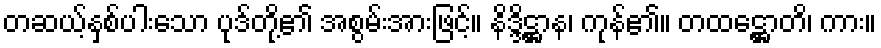
တဆယ့်နှစ်ပါးသော ပုဒ်တို့၏ အစွမ်းအားဖြင့်။ နိဒ္ဒိဋ္ဌာန၊ ကုန်၏။ တထဋ္ဌောတိ၊ ကား။